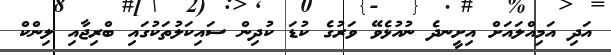
އަދި އަމިއްލައަށް އިށީނދެ ނުއުޅެވޭ ވަރުގެ ކުޑަ ކުދިން ސައިކަލުތަކުގައި ބްރިޖާއި ލިންކް